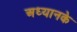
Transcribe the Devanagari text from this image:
अध्यानके